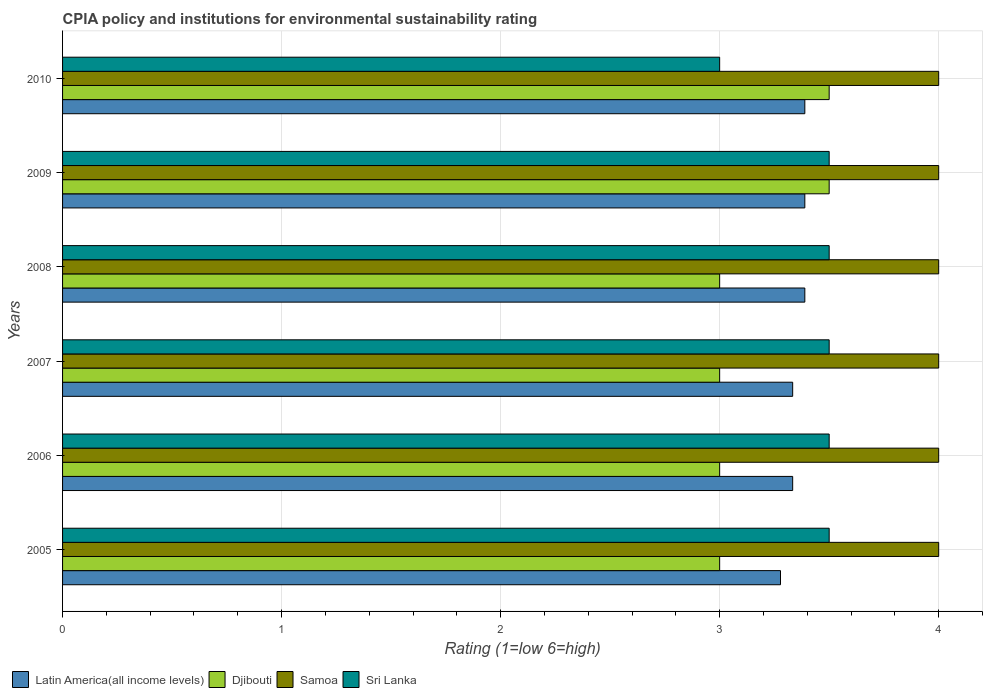
| Years | Latin America(all income levels) | Djibouti | Samoa | Sri Lanka |
 | --- | --- | --- | --- | --- |
 | 2005 | 3.28 | 3 | 4 | 3.5 |
 | 2006 | 3.33 | 3 | 4 | 3.5 |
 | 2007 | 3.33 | 3 | 4 | 3.5 |
 | 2008 | 3.39 | 3 | 4 | 3.5 |
 | 2009 | 3.39 | 3.5 | 4 | 3.5 |
 | 2010 | 3.39 | 3.5 | 4 | 3 |